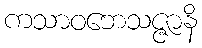
ကသာဝဘေသဇ္ဇာနိ